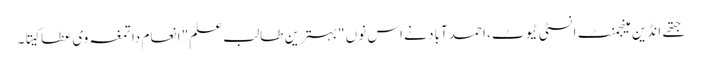
جتھے انڈین مینجمنٹ انسٹی ٹیوٹ، احمد آباد نے اس نوں "بہترین طالب علم" انعام دا تمغہ وی عطا کیتا۔